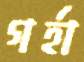
গর্হা